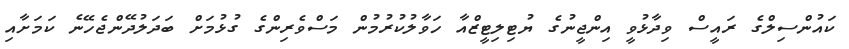
ކައުންސިލްގެ ރައީސް ވިދާޅުވީ އިންޖީނުގެ ޔުޓިލިޓީޒްއާ ހަވާލުކުރުމުން މަސްވެރިންގެ ގުޅުމަށް ބަދަލުދޭންޖެހޭނެ ކަމަށާއި